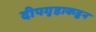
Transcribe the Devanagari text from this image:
दीपगृहाकडून